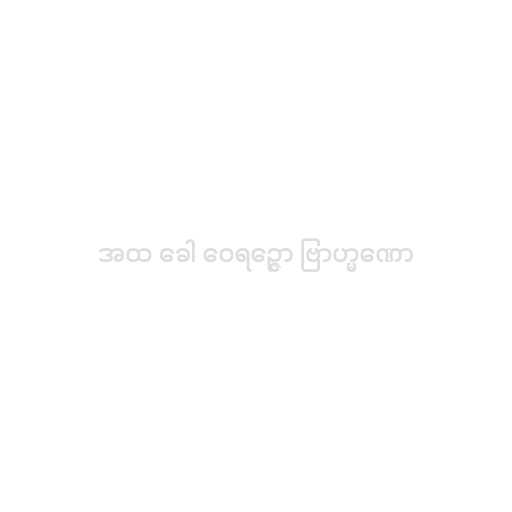
အထ ခေါ ဝေရဉ္ဇော ဗြာဟ္မဏော